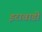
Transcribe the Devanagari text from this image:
इरावाडी